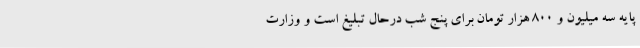
پایه سه میلیون و ۸۰۰ هزار تومان برای پنج شب درحال تبلیغ است و وزارت